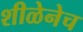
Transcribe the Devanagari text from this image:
शीळेनेच